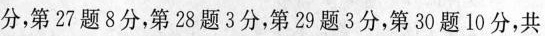
分，第27题8分，第28题3分，第29题3分，第30题10分，共